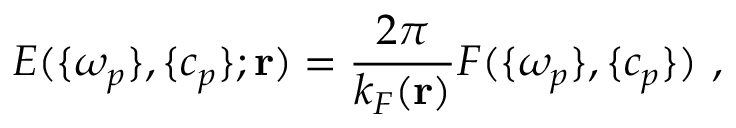
E ( \{ \omega _ { p } \} , \{ c _ { p } \} ; \mathbf { r } ) = \frac { 2 \pi } { k _ { F } ( \mathbf { r } ) } F ( \{ \omega _ { p } \} , \{ c _ { p } \} ) \ ,